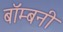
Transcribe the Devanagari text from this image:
बॉम्बनी